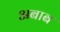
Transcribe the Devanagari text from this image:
अबाब